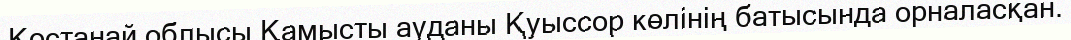
Қостанай облысы Қамысты ауданы Қуыссор көлінің батысында орналасқан.